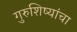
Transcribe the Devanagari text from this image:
गुरुशिष्यांचा